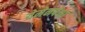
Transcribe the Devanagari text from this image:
येमेनपेक्षा